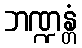
ဘဏ္ဍန္တံ